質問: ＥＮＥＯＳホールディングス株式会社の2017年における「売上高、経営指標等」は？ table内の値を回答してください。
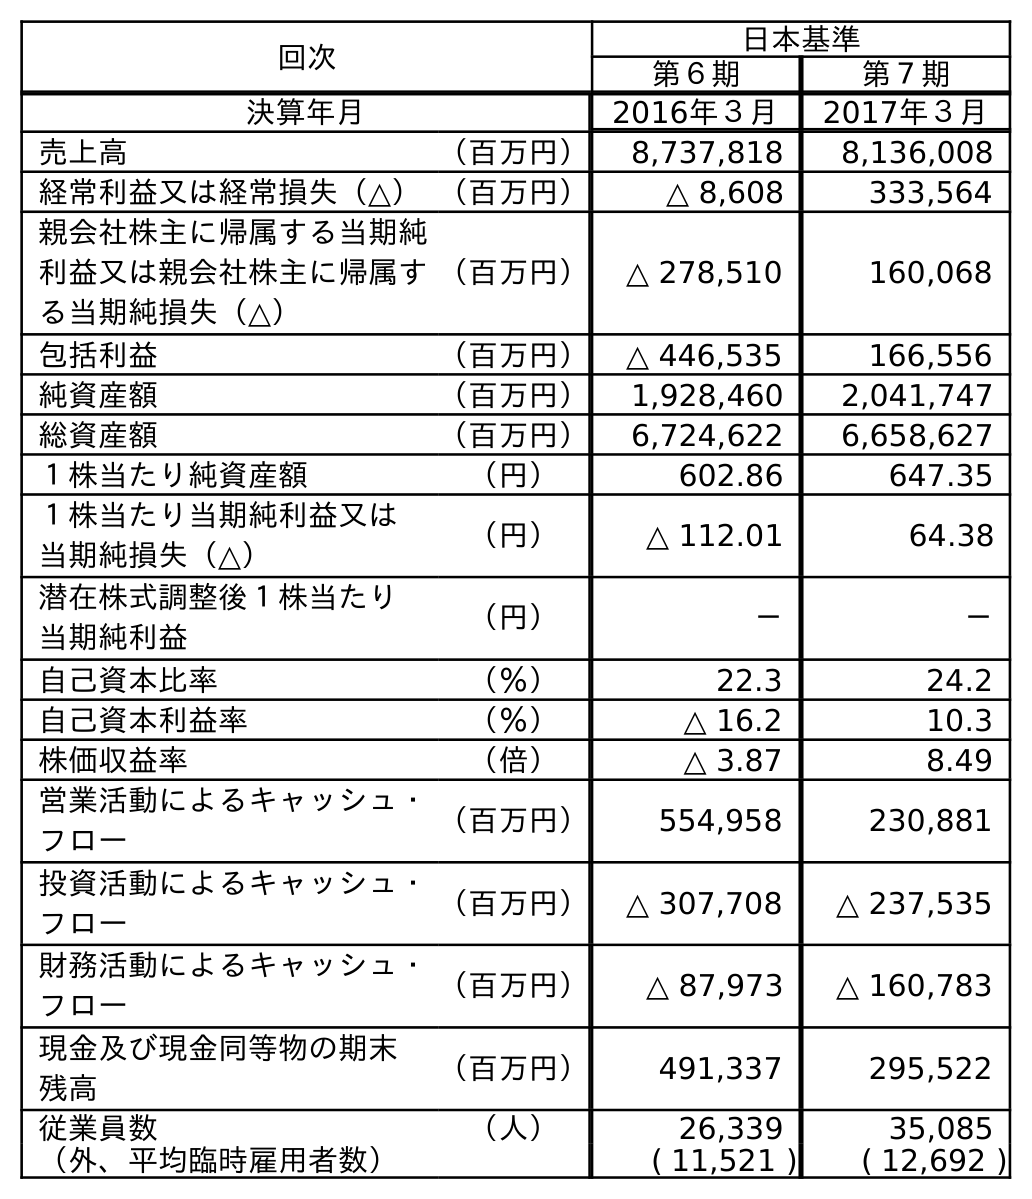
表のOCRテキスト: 回次 日本基準 第６期 第７期 決算年月 2016年３月 2017年３月 売上高 （百万円） 8,737,818 8,136,008 経常利益又は経常損失（△）（百万円） △ 8,608 333,564 親会社株主に帰属する当期純 利益又は親会社株主に帰属す る当期純損失（△） （百万円） △ 278,510 160,068 包括利益 （百万円） △ 446,535 166,556 純資産額 （百万円） 1,928,460 2,041,747 総資産額 （百万円） 6,724,622 6,658,627 １株当たり純資産額 （円） 602.86 647.35 １株当たり当期純利益又は 当期純損失（△） （円） △ 112.01 64.38 潜在株式調整後１株当たり 当期純利益 （円） － － 自己資本比率 （％） 22.3 24.2 自己資本利益率 （％） △ 16.2 10.3 株価収益率 （倍） △ 3.87 8.49 営業活動によるキャッシュ・ フロー （百万円） 554,958 230,881 投資活動によるキャッシュ・ フロー （百万円） △ 307,708 △ 237,535 財務活動によるキャッシュ・ フロー （百万円） △ 87,973 △ 160,783 現金及び現金同等物の期末 残高 （百万円） 491,337 295,522 従業員数 （人） 26,339 35,085 （外、平均臨時雇用者数） ( 11,521 ) ( 12,692 )
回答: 8,136,008